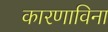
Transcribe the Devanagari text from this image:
कारणाविना